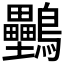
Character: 𪈦